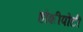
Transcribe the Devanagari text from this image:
हौशीपोटी